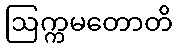
ဩက္ကမတောတိ